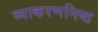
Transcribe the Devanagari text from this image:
व्याकरणनिष्ठ